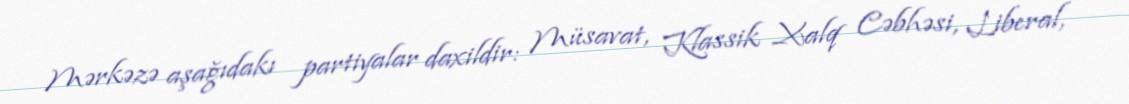
Mərkəzə aşağıdakı partiyalar daxildir: Müsavat, Klassik Xalq Cəbhəsi, Liberal,